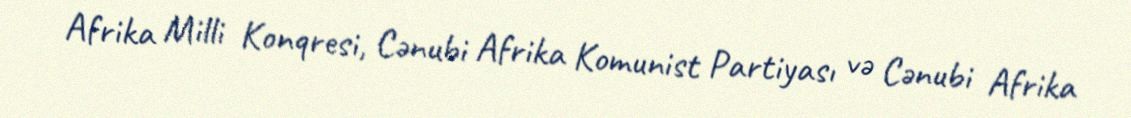
Afrika Milli Konqresi, Cənubi Afrika Komunist Partiyası və Cənubi Afrika